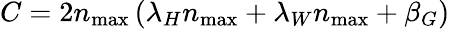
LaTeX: C=2n_{\operatorname*{max}}\left(\lambda_{H}n_{\operatorname*{max}}+\lambda_{W}n_{\operatorname*{max}}+\beta_{G}\right)